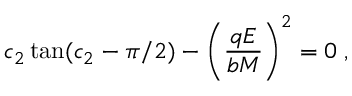
c _ { 2 } \tan ( c _ { 2 } - \pi / 2 ) - \left( \frac { q E } { b M } \right) ^ { 2 } = 0 \; ,